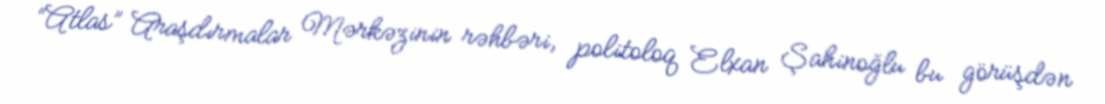
“Atlas” Araşdırmalar Mərkəzinin rəhbəri, politoloq Elxan Şahinoğlu bu görüşdən